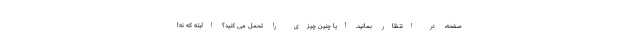
صفحه، در انتظار بمانید. آیا چنین چیزی را تحمل می کنید؟ البته که نه!